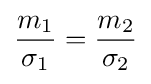
{\frac {m_{1}}{\sigma _{1}}}={\frac {m_{2}}{\sigma _{2}}}